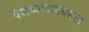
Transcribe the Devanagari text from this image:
पेशव्यांच्याबद्दल